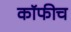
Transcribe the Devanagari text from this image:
कॉफीच